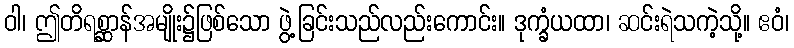
ဝါ၊ ဤတိရစ္ဆာန်အမျိုး၌ဖြစ်သော ဖွဲ့ခြင်းသည်လည်းကောင်း။ ဒုက္ခံယထာ၊ ဆင်းရဲသကဲ့သို့။ ဧဝံ၊